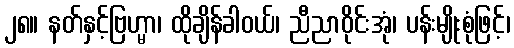
၂၈။ နတ်နှင့်ဗြဟ္မာ၊ ထိုချိန်ခါဝယ်၊ ညီညာဝိုင်းအုံ၊ ပန်းမျိုးစုံဖြင့်၊